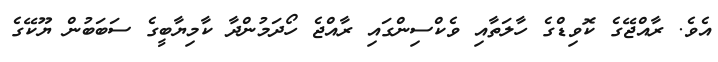
އެވެ. ރާއްޖޭގެ ކޮވިޑްގެ ހާލަތާއި ވެކްސިންގައި ރާއްޖެ ހޯދަމުންދާ ކާމިޔާބީގެ ސަބަބުން ޔޫކޭގެ